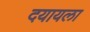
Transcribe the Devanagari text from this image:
दयायला